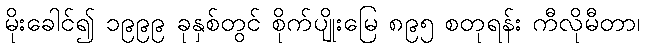
မိုးခေါင်၍ ၁၉၉၉ ခုနှစ်တွင် စိုက်ပျိုးမြေ ၈၉၅ စတုရန်း ကီလိုမီတာ၊